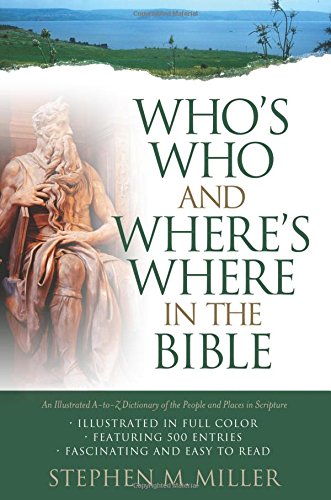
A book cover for Who's Who and Where's Where in the Bible; Stephen M. Miller; Christian Books & Bibles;